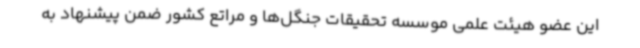
این عضو هیئت علمی موسسه تحقیقات جنگل‌ها و مراتع کشور ضمن پیشنهاد به